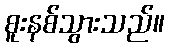
စူးနစ်သွားသည်။